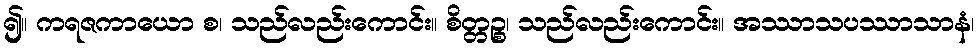
၍။ ကရဇကာယော စ၊ သည်လည်းကောင်း။ စိတ္တဉ္စ၊ သည်လည်းကောင်း။ အဿာသပဿာသာနံ၊